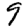
Digit: 9